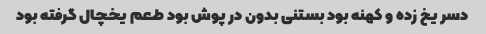
دسر یخ زده و کهنه بود بستنی بدون در پوش بود طعم یخچال گرفته بود